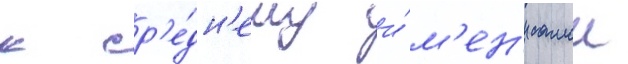
к ср'е́дн'ему и́м'ен'и самои